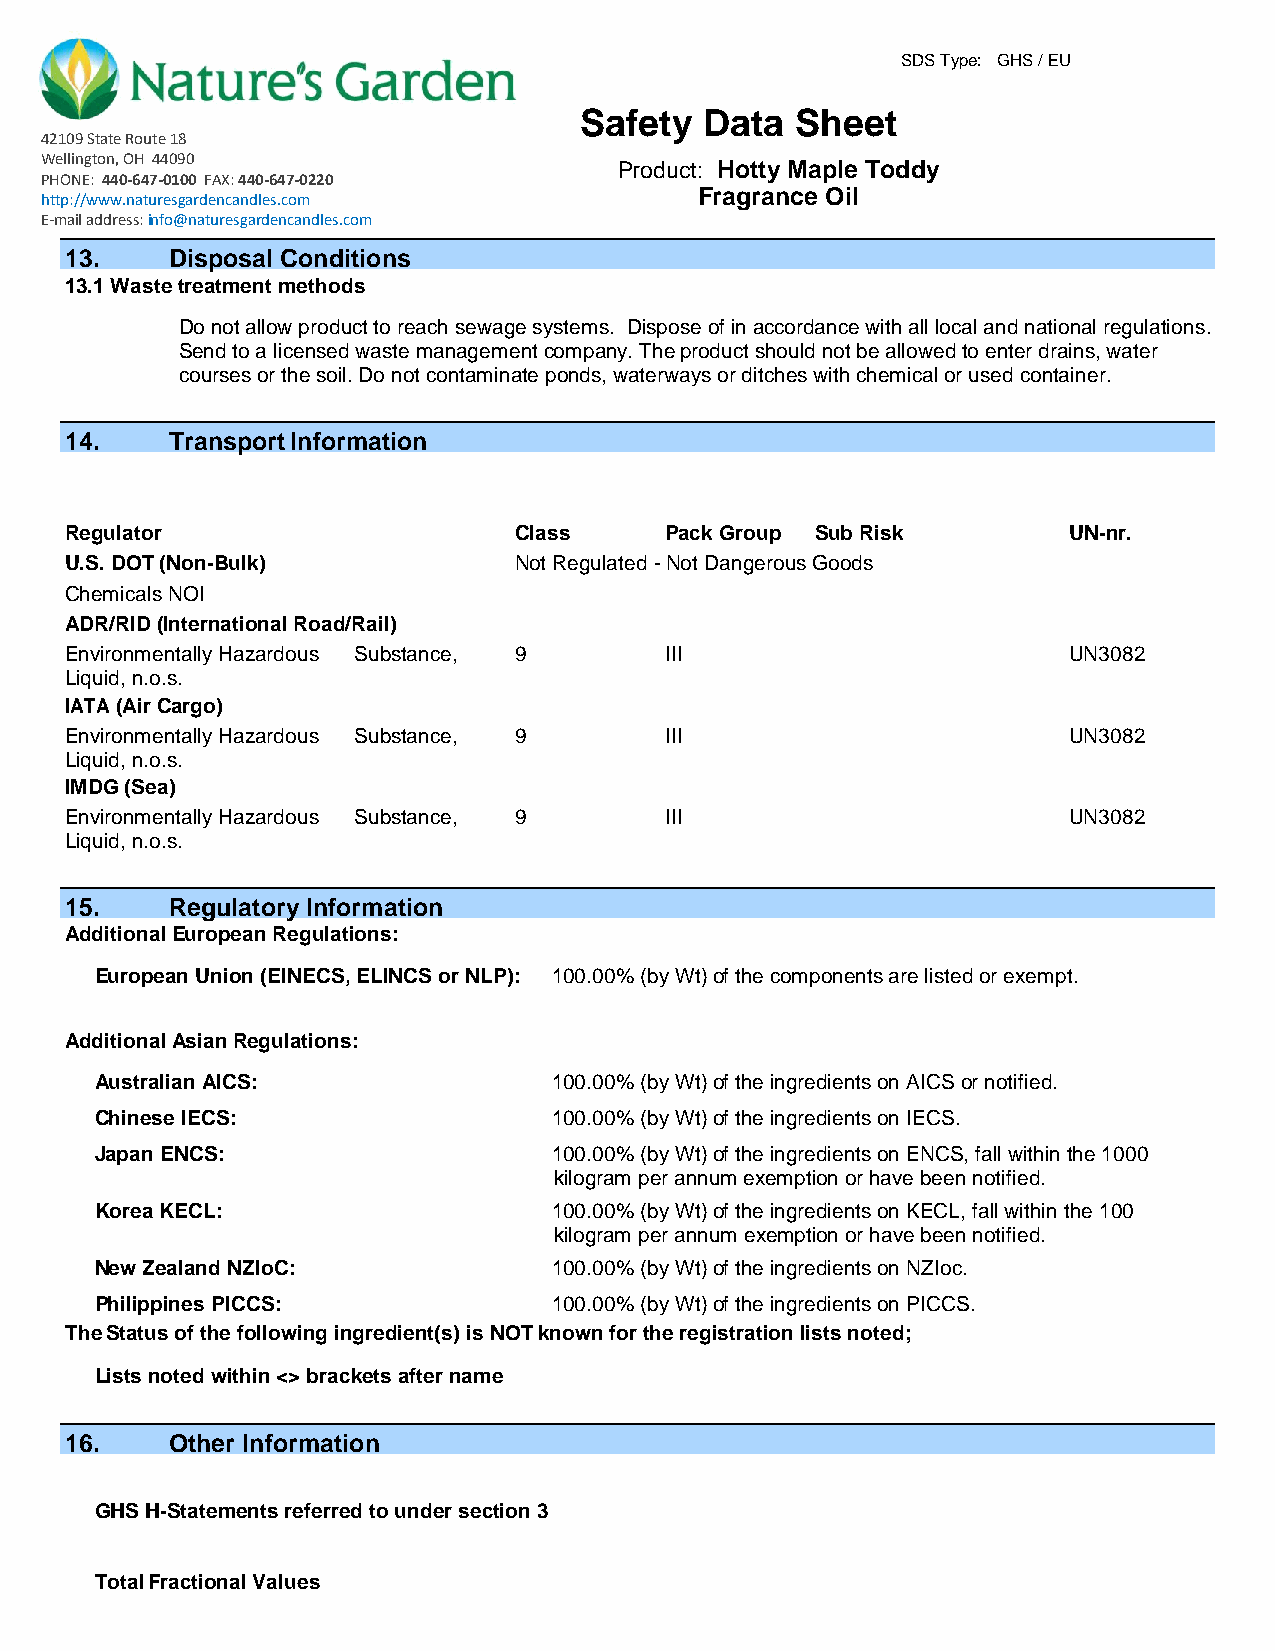
SDS Type: GHS / EU
 Safety   Data  Sheet
 42109 State Route 18
 Wellington, OH 44090
 Product: Hotty Maple Toddy
 PHONE: 440-647-0100 FAX: 440-647-0220
 Fragrance Oil
 http://www.naturesgardencandles.com
 E-mail address: info@naturesgardencandles.com
 13.    Disposal Conditions
 13.1 Waste treatment methods
 Do not allow product to reach sewage systems. Dispose of in accordance with all local and national regulations.
 Send to a licensed waste management company. The product should not be allowed to enter drains, water
 courses or the soil. Do not contaminate ponds, waterways or ditches with chemical or used container.
 14.    Transport Information
 Regulator                     Class     Pack Group Sub Risk        UN-nr.
 U.S. DOT (Non-Bulk)           Not Regulated - Not Dangerous Goods
 Chemicals NOI
 ADR/RID (International Road/Rail)
 Environmentally Hazardous Substance, 9  III                        UN3082
 Liquid, n.o.s.
 IATA (Air Cargo)
 Environmentally Hazardous Substance, 9  III                        UN3082
 Liquid, n.o.s.
 IMDG (Sea)
 Environmentally Hazardous Substance, 9  III                        UN3082
 Liquid, n.o.s.
 15.    Regulatory Information
 Additional European Regulations:
 European Union (EINECS, ELINCS or NLP): 100.00% (by Wt) of the components are listed or exempt.
 Additional Asian Regulations:
 Australian AICS:               100.00% (by Wt) of the ingredients on AICS or notified.
 Chinese IECS:                  100.00% (by Wt) of the ingredients on IECS.
 Japan ENCS:                    100.00% (by Wt) of the ingredients on ENCS, fall within the 1000
 kilogram per annum exemption or have been notified.
 Korea KECL:                    100.00% (by Wt) of the ingredients on KECL, fall within the 100
 kilogram per annum exemption or have been notified.
 New Zealand NZIoC:             100.00% (by Wt) of the ingredients on NZIoc.
 Philippines PICCS:             100.00% (by Wt) of the ingredients on PICCS.
 The Status of the following ingredient(s) is NOT known for the registration lists noted;
 Lists noted within <> brackets after name
 16.    Other Information
 GHS H-Statements referred to under section 3
 Total Fractional Values